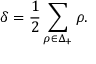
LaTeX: \delta = { \frac { 1 } { 2 } } \sum _ { \rho \in \Delta _ { + } } \rho .